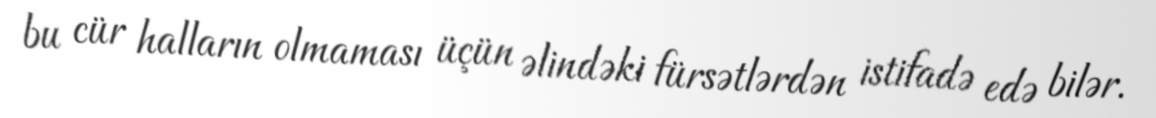
bu cür halların olmaması üçün əlindəki fürsətlərdən istifadə edə bilər.